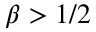
\beta > 1 / 2